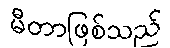
မီတာဖြစ်သည်